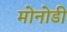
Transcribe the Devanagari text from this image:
मोनोडी